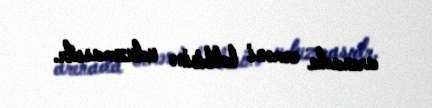
arenada erməni lobbisinə uduzmasıdr.